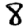
Digit: 8